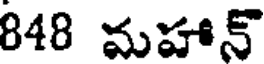
848 మహాన్